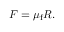
F = \mu _ { \mathrm { f } } R .